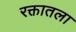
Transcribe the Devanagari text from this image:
रक्तातला